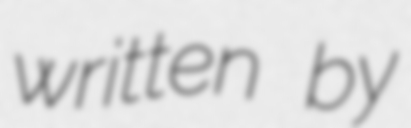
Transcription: written by